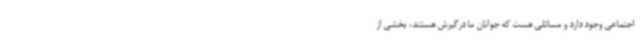
اجتماعی وجود دارد و مسائلی هست که جوانان ما درگیرش هستند، بخشی از